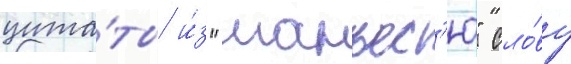
цита́ты и́з "манъес'ю" сло́ву